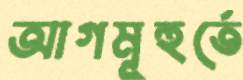
আগমূহুর্তে